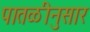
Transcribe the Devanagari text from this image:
पातळीनुसार